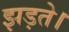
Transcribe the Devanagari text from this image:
झड़ते।